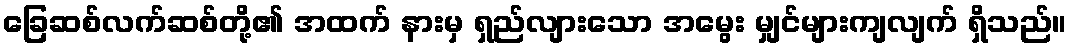
ခြေဆစ်လက်ဆစ်တို့၏ အထက် နားမှ ရှည်လျားသော အမွေး မျှင်များကျလျက် ရှိသည်။